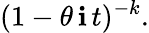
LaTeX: (1-\theta\, \mathbf{i}\, t)^{-k}.